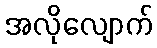
အလိုလျောက်